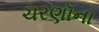
ચરણૉના